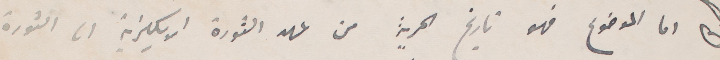
اما الموضوع فهو تاريخ الحرية من عهد الثورة الإنكليزية الى الثورة